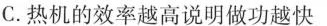
C.热机的效率越高说明做功越快